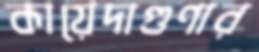
কায়েদাগুণার